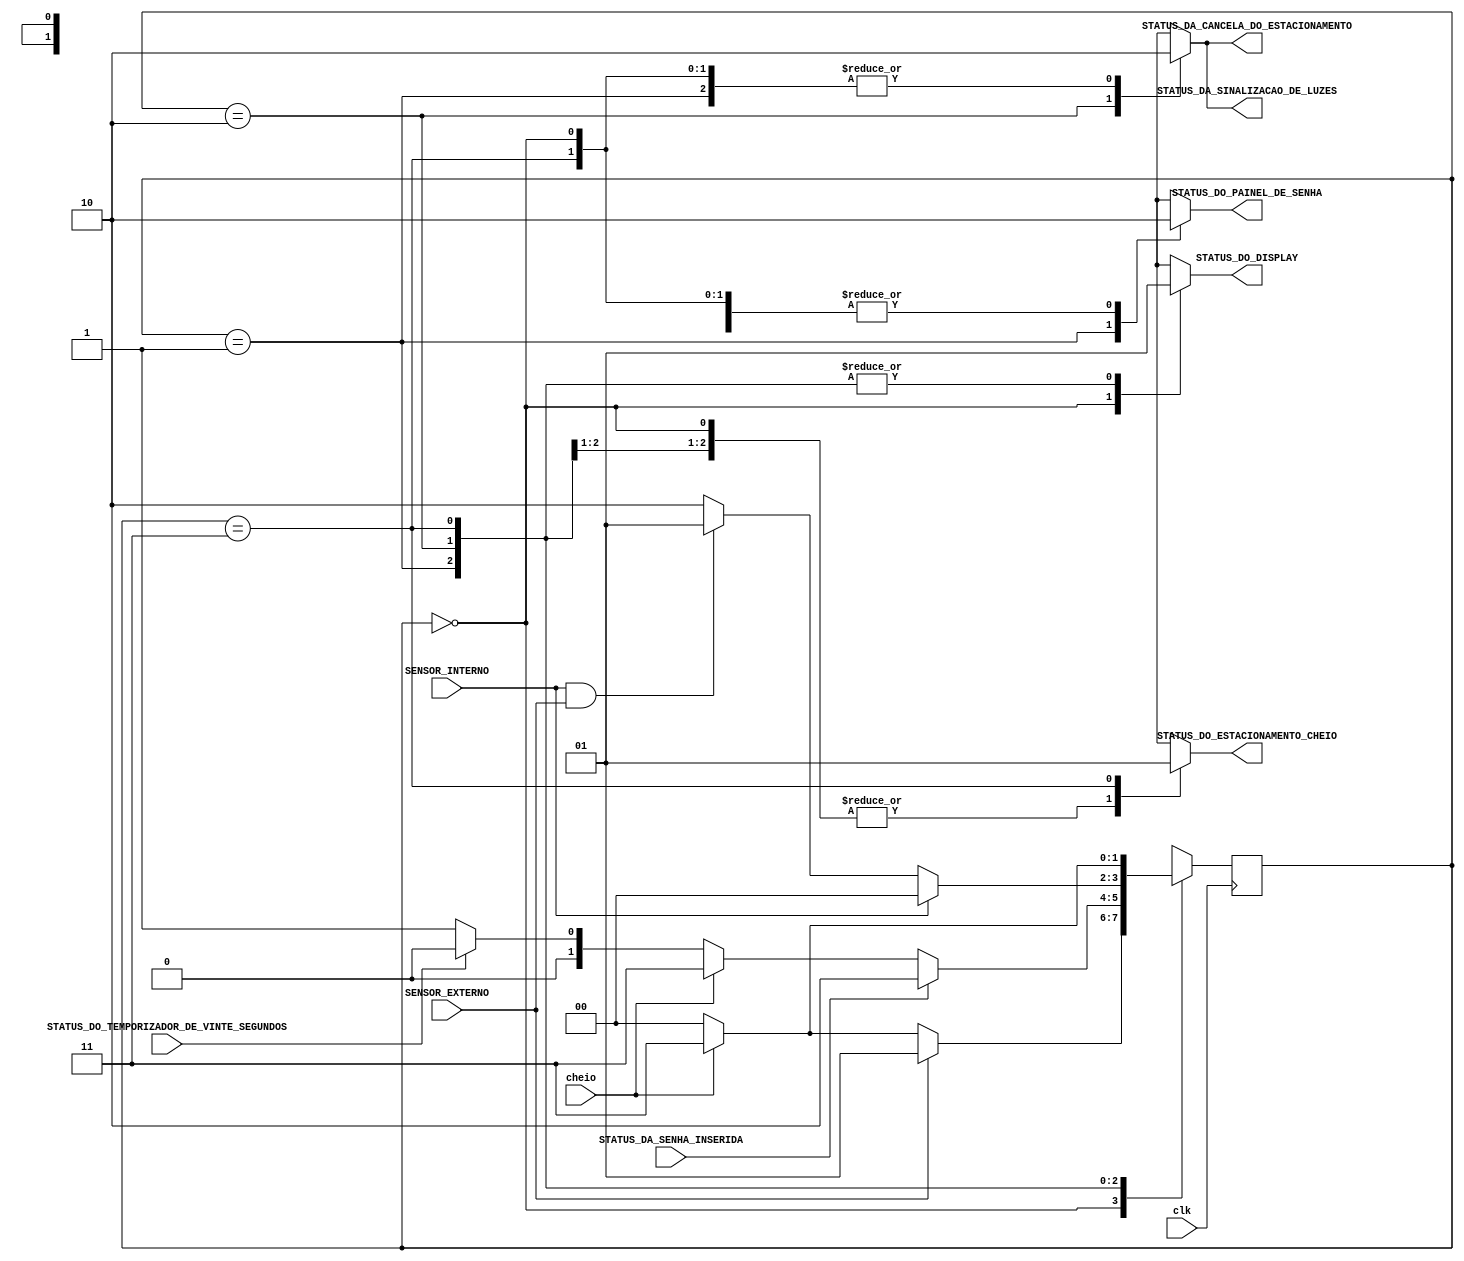
module maquina_principal (
    output reg STATUS_DA_CANCELA_DO_ESTACIONAMENTO,
    output reg STATUS_DO_DISPLAY, 
    output reg STATUS_DA_SINALIZACAO_DE_LUZES, 
    output reg STATUS_DO_PAINEL_DE_SENHA, 
    output reg STATUS_DO_ESTACIONAMENTO_CHEIO, 
                          
    input SENSOR_EXTERNO,
    input SENSOR_INTERNO,
    input STATUS_DO_TEMPORIZADOR_DE_VINTE_SEGUNDOS, 
    input cheio, 
    input clk,
    input STATUS_DA_SENHA_INSERIDA 
);
    reg [1:0] ESTADOS;
    
    initial begin
        ESTADOS <= 1'b0;
        STATUS_DA_CANCELA_DO_ESTACIONAMENTO <= 1'b0; 
        STATUS_DO_DISPLAY <= 1'b0; 
        STATUS_DA_SINALIZACAO_DE_LUZES <= 1'b0; // LIGAR A MQUINA DE LUZES;
        STATUS_DO_PAINEL_DE_SENHA <= 1'b0; // LIGAR A MAQUINA DE ADMINISTRAO DE SENHA;
        STATUS_DO_ESTACIONAMENTO_CHEIO <= 1'b0;
    end
    
//ESTADOS DA MAQUINA
    parameter DESLIGADA = 2'b00, 
              INSERIR_SENHA = 2'b01, 
              ENTRADA_DO_VEICULO = 2'b10, 
              ESTACIONAMENTO_CHEIO = 2'b11;
              
    
/*TRANSIO DE ESTADOS*/
    always @ ( posedge clk) begin

        case (ESTADOS)

            DESLIGADA : begin
                if (SENSOR_EXTERNO) ESTADOS <= INSERIR_SENHA; 
                else if (cheio) ESTADOS <= ESTACIONAMENTO_CHEIO;
                else ESTADOS <= DESLIGADA;
            end

            INSERIR_SENHA : begin
                if (STATUS_DA_SENHA_INSERIDA) ESTADOS <= ENTRADA_DO_VEICULO;
                else if (cheio) ESTADOS <= ESTACIONAMENTO_CHEIO;
                else if (STATUS_DO_TEMPORIZADOR_DE_VINTE_SEGUNDOS) ESTADOS <= DESLIGADA;
                else ESTADOS <= INSERIR_SENHA;
            end

            ENTRADA_DO_VEICULO : begin
                if (SENSOR_INTERNO) ESTADOS <= DESLIGADA;
                else if (SENSOR_INTERNO & SENSOR_EXTERNO) ESTADOS <= INSERIR_SENHA;
                else ESTADOS <= ENTRADA_DO_VEICULO;
            end

            ESTACIONAMENTO_CHEIO : begin
                if ( !cheio) ESTADOS <= DESLIGADA;
                else ESTADOS <= ESTACIONAMENTO_CHEIO;
            end

        endcase

    end

/*SAIDAS DA MAQUINA*/
    always @ (ESTADOS) begin

        case (ESTADOS)

            DESLIGADA : begin
                STATUS_DA_CANCELA_DO_ESTACIONAMENTO <= 1'b0;
                STATUS_DO_DISPLAY <= 1'b0;
                STATUS_DA_SINALIZACAO_DE_LUZES <= 1'b0;
                STATUS_DO_PAINEL_DE_SENHA <= 1'b0;
                STATUS_DO_ESTACIONAMENTO_CHEIO <= 1'b0;
            end

            INSERIR_SENHA : begin 
                STATUS_DA_CANCELA_DO_ESTACIONAMENTO <= 1'b0;
                STATUS_DO_DISPLAY <= 1'b1;
                STATUS_DA_SINALIZACAO_DE_LUZES <= 1'b0;
                STATUS_DO_PAINEL_DE_SENHA <= 1'b1;
                STATUS_DO_ESTACIONAMENTO_CHEIO <= 1'b0;
            end

            ENTRADA_DO_VEICULO : begin
                STATUS_DA_CANCELA_DO_ESTACIONAMENTO <= 1'b1;
                STATUS_DO_DISPLAY <= 1'b1;
                STATUS_DA_SINALIZACAO_DE_LUZES <= 1'b1;
                STATUS_DO_PAINEL_DE_SENHA <= 1'b0;
                STATUS_DO_ESTACIONAMENTO_CHEIO <= 1'b0;
            end

            ESTACIONAMENTO_CHEIO : begin
                STATUS_DA_CANCELA_DO_ESTACIONAMENTO <= 1'b0;
                STATUS_DO_DISPLAY <= 1'b1;
                STATUS_DA_SINALIZACAO_DE_LUZES <= 1'b0;
                STATUS_DO_PAINEL_DE_SENHA <= 1'b0;
                STATUS_DO_ESTACIONAMENTO_CHEIO <= 1'b1;
            end
				
				default begin 
					 STATUS_DA_CANCELA_DO_ESTACIONAMENTO <= 1'b0;
                STATUS_DO_DISPLAY <= 1'b0;
                STATUS_DA_SINALIZACAO_DE_LUZES <= 1'b0;
                STATUS_DO_PAINEL_DE_SENHA <= 1'b0;
                STATUS_DO_ESTACIONAMENTO_CHEIO <= 1'b0;
				end

        endcase

    end
    
endmodule